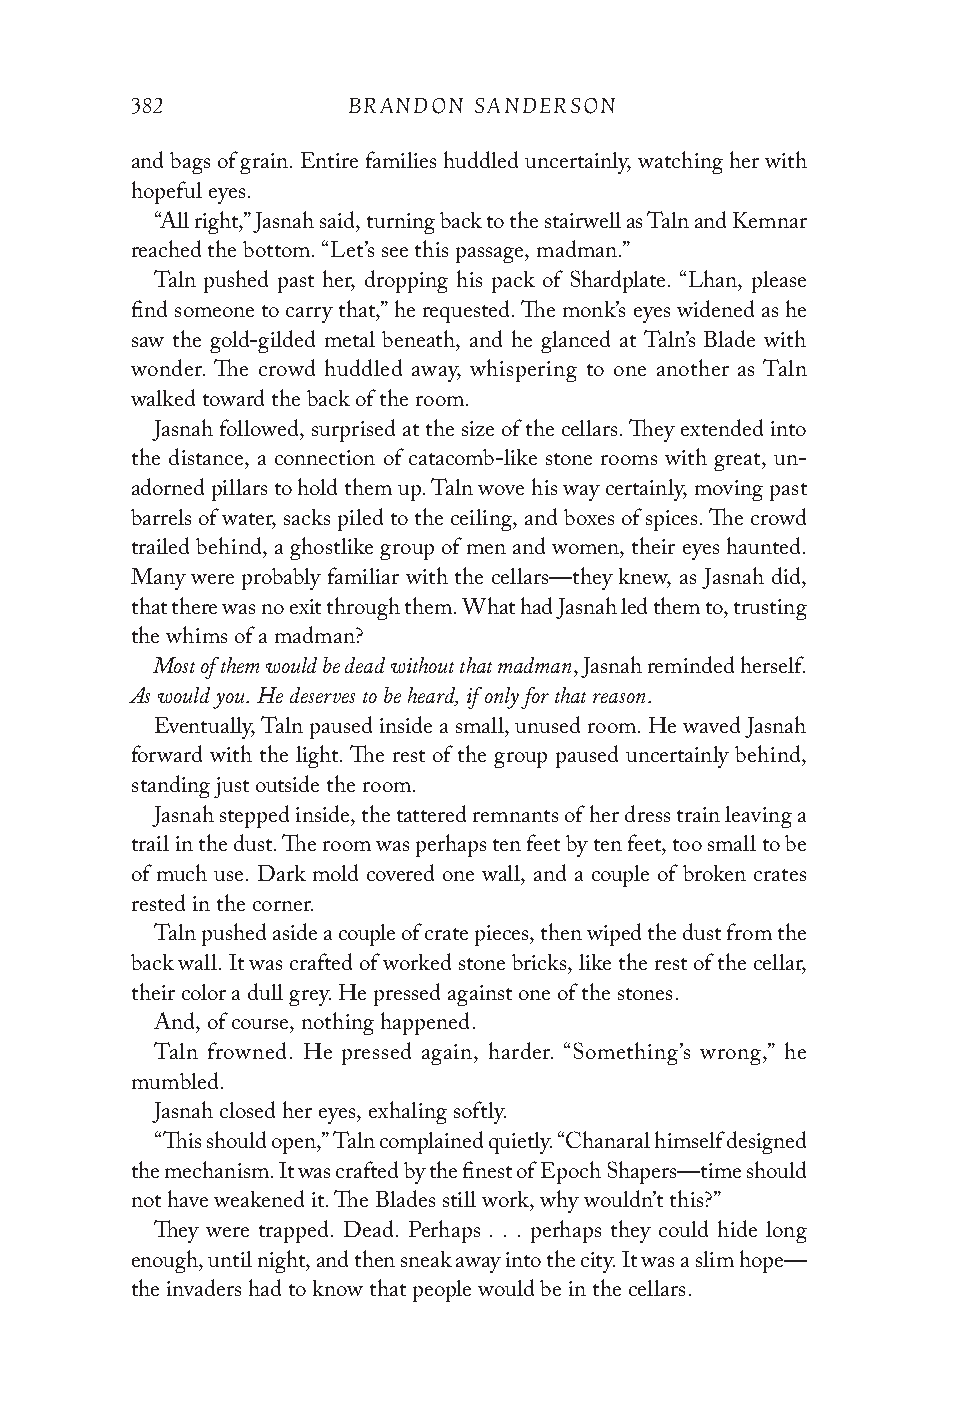
382           BRANDON SANDERSON
 and bags of grain. Entire families huddled uncertainly, watching her with
 hopeful eyes.
 “All right,” Jasnah said, turning back to the stairwell as Taln and Kemnar
 reached the bottom. “Let’s see this passage, madman.”
 Taln pushed past her, dropping his pack of Shardplate. “Lhan, please
 find someone to carry that,” he requested. The monk’s eyes widened as he
 saw the gold-gilded metal beneath, and he glanced at Taln’s Blade with
 wonder. The crowd huddled away, whispering to one another as Taln
 walked toward the back of the room.
 Jasnah followed, surprised at the size of the cellars. They extended into
 the distance, a connection of catacomb-like stone rooms with great, un-
 adorned pillars to hold them up. Taln wove his way certainly, moving past
 barrels of water, sacks piled to the ceiling, and boxes of spices. The crowd
 trailed behind, a ghostlike group of men and women, their eyes haunted.
 Many were probably familiar with the cellars—they knew, as Jasnah did,
 that there was no exit through them. What had Jasnah led them to, trusting
 the whims of a madman?
 Most of them would be dead without that madman
 , Jasnah reminded herself.
 As would you. He deserves to be heard, if only for that reason.
 Eventually, Taln paused inside a small, unused room. He waved Jasnah
 forward with the light. The rest of the group paused uncertainly behind,
 standing just outside the room.
 Jasnah stepped inside, the tattered remnants of her dress train leaving a
 trail in the dust. The room was perhaps ten feet by ten feet, too small to be
 of much use. Dark mold covered one wall, and a couple of broken crates
 rested in the corner.
 Taln pushed aside a couple of crate pieces, then wiped the dust from the
 back wall. It was crafted of worked stone bricks, like the rest of the cellar,
 their color a dull grey. He pressed against one of the stones.
 And, of course, nothing happened.
 Taln frowned. He pressed again, harder. “Something’s wrong,” he
 mumbled.
 Jasnah closed her eyes, exhaling softly.
 “This should open,” Taln complained quietly. “Chanaral himself designed
 the mechanism. It was crafted by the finest of Epoch Shapers—time should
 not have weakened it. The Blades still work, why wouldn’t this?”
 They were trapped. Dead. Perhaps . . . perhaps they could hide long
 enough, until night, and then sneak away into the city. It was a slim hope—
 the invaders had to know that people would be in the cellars.